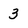
Character: 3